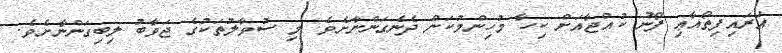
އަރައިފިތޯއާޢި ފޯނު ކުއްޖާއަށް ކިހާ މުހިންމުކަން ދެނެގަންނާށެވެ. މި ސުވާލުތަކުގެ ޖަވާބު ލިބިގަންނާށެވެ.